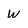
Character: W